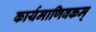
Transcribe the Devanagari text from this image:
कार्यमाणिवकम्